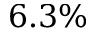
6 . 3 \%